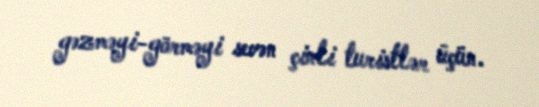
gəzməyi-görməyi sevən çinli turistlər üçün.